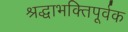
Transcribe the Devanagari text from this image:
श्रद्धाभक्तिपूर्वक